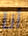
أنا